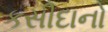
કસીદાનો